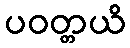
ပဝတ္တယိ